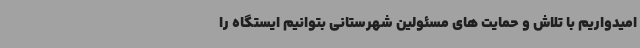
امیدواریم با تلاش و حمایت های مسئولین شهرستانی بتوانیم ایستگاه را